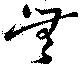
無